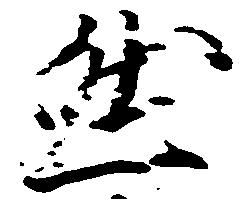
然